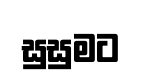
සුසුමට